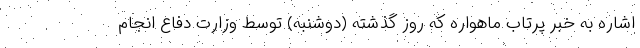
اشاره به خبر پرتاب ماهواره که روز گذشته (دوشنبه) توسط وزارت دفاع انجام